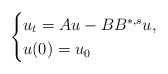
\begin{align*}\begin{cases} u_t=Au-BB^{*,s}u,\\ u(0)=u_0\end{cases}\end{align*}